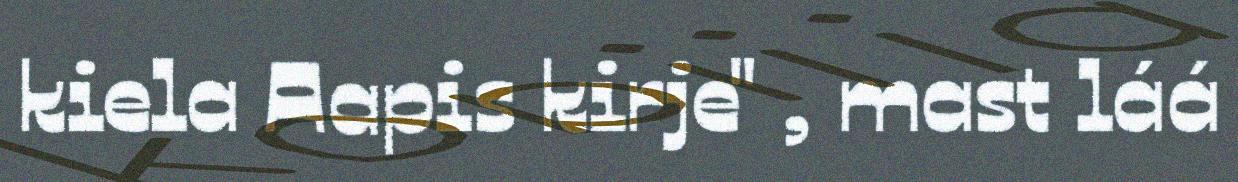
kiela Aapis kirje" , mast láá